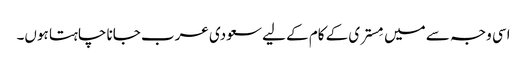
اسی وجہ سے میں مِستری کے کام کے لیے سعودی عرب جانا چاہتا ہوں۔